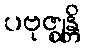
ပဗုဇ္ဈန္တိ